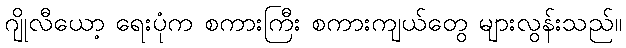
ဂျိုလီယော့ ရေးပုံက စကားကြီး စကားကျယ်တွေ များလွန်းသည်။